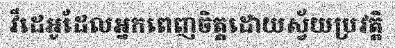
វីដេអូដែលអ្នកពេញចិត្តដោយស្វ័យប្រវត្តិ